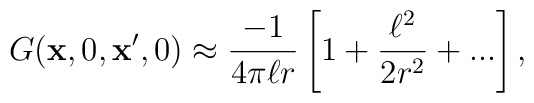
G({\bf x},0,{\bf x}',0)\approx {-1\over 4\pi \ell r}\left[1+{\ell^2\over 2 r^2}+...\right],